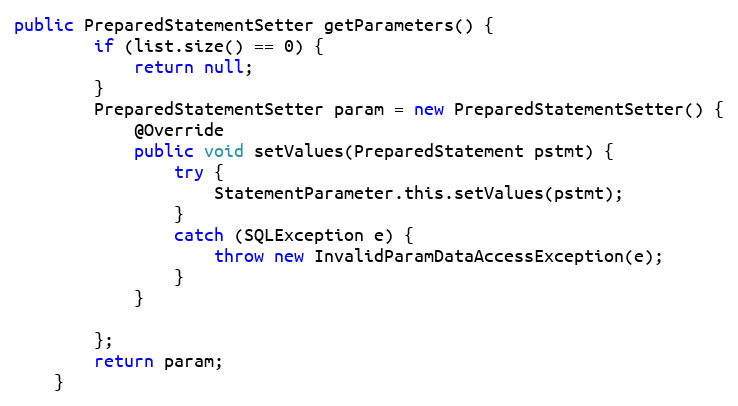
Language: Java
public PreparedStatementSetter getParameters() {
		if (list.size() == 0) {
			return null;
		}
		PreparedStatementSetter param = new PreparedStatementSetter() {
			@Override
			public void setValues(PreparedStatement pstmt) {
				try {
					StatementParameter.this.setValues(pstmt);
				}
				catch (SQLException e) {
					throw new InvalidParamDataAccessException(e);
				}
			}

		};
		return param;
	}